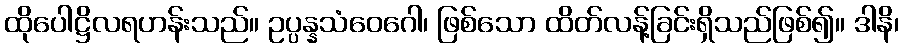
ထိုပေါဋ္ဌိလရဟန်းသည်။ ဥပ္ပန္နသံဝေဂေါ၊ ဖြစ်သော ထိတ်လန့်ခြင်းရှိသည်ဖြစ်၍။ ဒါနိ၊